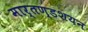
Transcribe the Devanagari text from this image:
मार्तण्डशयन